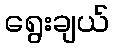
ရွေးချယ်